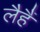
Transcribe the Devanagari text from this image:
लैहैं